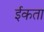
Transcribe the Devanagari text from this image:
ईकता